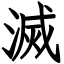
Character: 滅